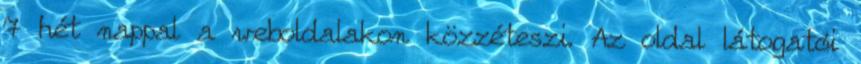
7 hét nappal a weboldalakon közzéteszi. Az oldal látogatói